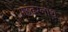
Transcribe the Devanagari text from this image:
मछंदरनाथ